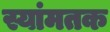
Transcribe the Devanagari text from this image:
स्यांमतक